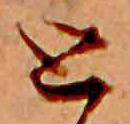
と